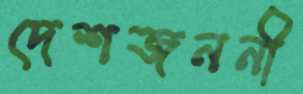
দেশজননী